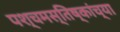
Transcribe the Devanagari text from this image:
पश्चमस्तिष्कांच्या